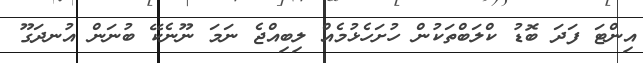
އިންޓަ ފަދަ ބޮޑު ކްލަބްތަކުން ހުށަހެޅުމެއް ލިބިއްޖެ ނަމަ ނޫނެކޭ ބުނަން އުނދަގޫ